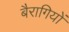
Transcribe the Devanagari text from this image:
बैरागियों